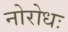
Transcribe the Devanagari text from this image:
नोरोधः